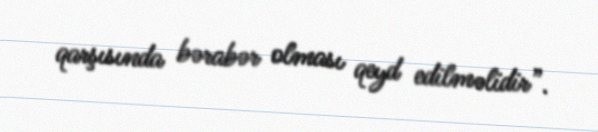
qarşısında bərabər olması qeyd edilməlidir”.